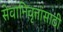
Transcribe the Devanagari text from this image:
सेवानिवृत्तांसाठी